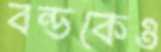
বন্ডকেও